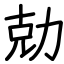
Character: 勀